Report of the Indian Hemp Drugs Commission, 1894-1895 - Volume V
Year: 1894
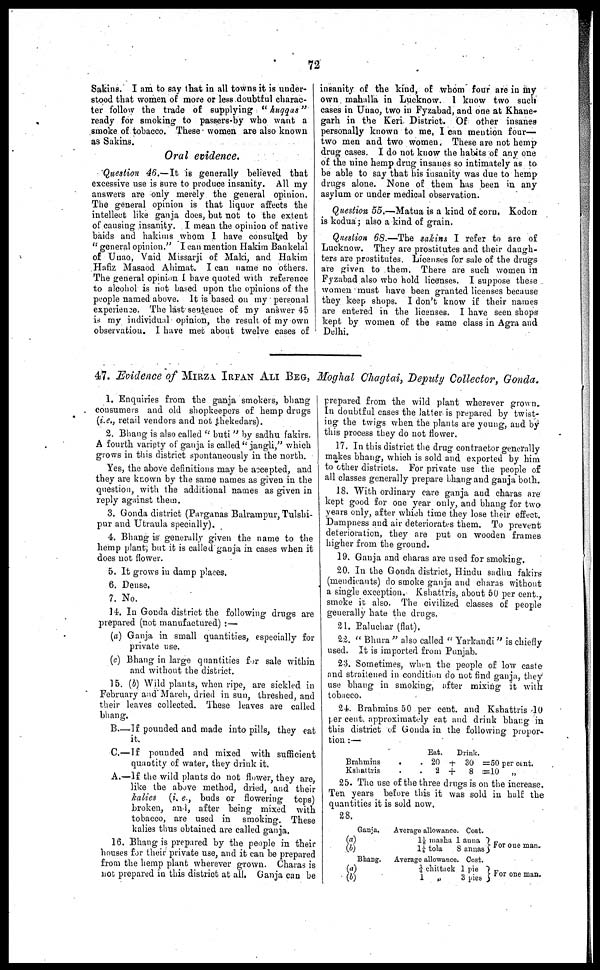
72
Sakins. I am to say that in all towns it is under
stood that women of more or less doubtful charac
ter follow the trade of supplying "huqqas"
ready for smoking to passers-by who want a
smoke of tobacco. These women are also known
as Sakins.
Oral evidence.
Question 46.—It is generally believed that
excessive use is sure to produce insanity. All my
answers are only merely the general opinion.
The general opinion is that liquor affects the
intellect like ganja does, but not to the extent
of causing insanity. I mean the opinion of native
baids and hakims whom I have consulted by
"general opinion." I can mention Hakim Bankelal
of Unao, Vaid Missarji of Maki, and Hakim
Hafiz Masaod Ahimat. I can name no others.
The general opinion I have quoted with reference
to alcohol is not based upon the opinions of the
people named above. It is based on my personal
experiense. The last sentence of my answer 45
is my individual opinion, the result of my own
observation. I have met about twelve cases of
insanity of the kind, of whom four are in my
own mahalla in Lucknow. 1 know two such
cases in Unao, two in Fyzabad, and one at Khane-
garh in the Keri District. Of other insanes
personally known to me, I can mention four-
two men and two women. These are not hemp
drug cases. I do not know the habits of any one
of the nine hemp drug insanes so intimately as to
be able to say that his insanity was due to hemp
drugs alone. None of them has been in. any
asylum or under medical observation.
Question 55.—Matua is a kind of corn, Kodon
is kodua ; also a kind of grain.
Question 68.—The sakins I refer to are of
Lucknow. They are prostitutes and their daugh
ters are prostitutes. Licenses for sale of the drugs
are given to them. There are such women in
Fyzabad also who hold licenses. I suppose these
women must have been granted licenses because
they keep shops. I don't know if their names
are entered in the licenses. I have seen shops
kept by women of the same class in Agra and
Delhi.
47. Evidence of MIRZA IRFAN ALI BEG, Moghal Chagtai, Deputy Collector, Gonda.
1. Enquiries from the ganja smokers, bhang
consumers and old shopkeepers of hemp drugs
(i.e., retail vendors and not thekedars).
2. Bhang is also called "buti" by sadhu fakirs.
A fourth variety of ganja is called "jangli," which
grows in this district spontaneously in the north.
Yes, the above definitions may be accepted, and
they are known by the same names as given in the
question, with the additional names as given in
reply against them.
3. Gonda district (Parganas Balrampur, Tulshi-
pur and Utraula specially).
4. Bhang is generally given the name to the
hemp plant, but it is called ganja in cases when it
does not flower.
5. It grows in damp places.
6. Dense.
7. No.
14. In Gonda district the following drugs are
prepared (not manufactured) :—
(a) Ganja in small quantities, especially for
private use.
(c) Bhang in large quantities for sale within
and without the district.
15. (b) Wild plants, when ripe, are sickled in
February and March, dried in sun, threshed, and
their leaves collected. These leaves are called
bhang.
B.—If pounded and made into pills, they eat
it.
C.—If pounded and mixed with sufficient
quantity of water, they drink it.
A.—If the wild plants do not flower, they are,
like the above method, dried, and their
kalies (i. e., buds or flowering tops)
broken, and, after being mixed with
tobacco, are used in smoking. These
kalies thus obtained are called ganja.
16. Bhang is prepared by the people in their
bouses for their private use, and it can be prepared
from the hemp plant wherever grown. Charas is
not prepared in this district at all, Ganja can be
prepared from the wild plant wherever grown.
In doubtful cases the latter is prepared by twist
ing the twigs when the plants are young, and by
this process they do not flower.
17. In this district the drug contractor generally
makes bhang, which is sold and exported by him
to other districts. For private use the people of
all classes generally prepare bhang and ganja both.
18. With ordinary care ganja and charas are
kept good for one year only, and bhang for two
years only, after which time they lose their effect.
Dampness and air deteriorates them. To prevent
deterioration, they are put on wooden frames
higher from the ground.
19. Ganja and charas are used for smoking.
20. In the Gonda district, Hindu sadhu fakirs
(mendicants) do smoke ganja and charas without
a single exception. Kshattris, about 50 per cent.,
smoke it also. The civilized classes of people
generally hate the drugs.
21. Baluchar (flat).
22. "Bhura" also called "Yarkandi" is chiefly
used. It is imported from Punjab.
23. Sometimes, when the people of low caste
and straitened in condition do not find ganja, they
use bhang in smoking, after mixing it with
tobacco.
24. Brahmins 50 per cent. and Kshattris 10
per cent. approximately eat and drink bhang in
this district of Gonda in the following propor
tion :—
Brahmins
.
Kshattris .
Eat.
Drink.
. 20 + 30 =50 per cent.
.
2 +
8 =10
„
25. The use of the three drugs is on the increase.
Ten years before this it was sold in half the
quantities it is sold now.
28.
Ganja,
(a)
(b)
Bhang.
(a)
(b)
Average allowance. Cost.
1⅛ masha 1 anna
1¼ tola
8 annas
Average allowance. Cost.
¼ chittack 1 pie
1
„
3 pies
For one man.
For one man.